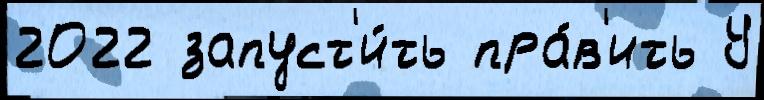
2022 запуст'и́ть пра́в'ить У